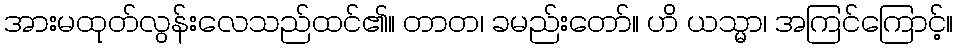
အားမထုတ်လွန်းလေသည်ထင်၏။ တာတ၊ ခမည်းတော်။ ဟိ ယသ္မာ၊ အကြင်ကြောင့်။